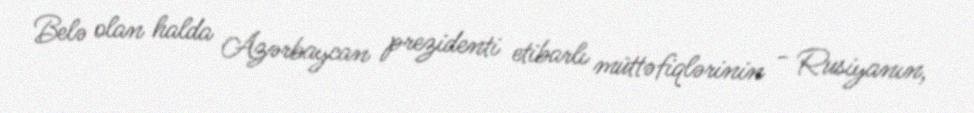
Belə olan halda Azərbaycan prezidenti etibarlı müttəfiqlərinin - Rusiyanın,